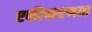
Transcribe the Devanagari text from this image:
एकीकरणात